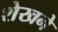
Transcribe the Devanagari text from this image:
शेखने